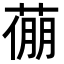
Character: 𦷛